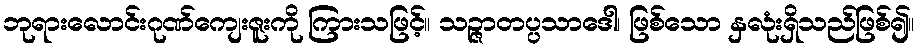
ဘုရားလောင်းဂုဏ်ကျေးဇူးကို ကြားသဖြင့်။ သဉ္ဇာတပ္ပသာဒေါ၊ ဖြစ်သော နှလုံးရှိသည်ဖြစ်၍။